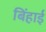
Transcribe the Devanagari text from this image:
बिंहाई